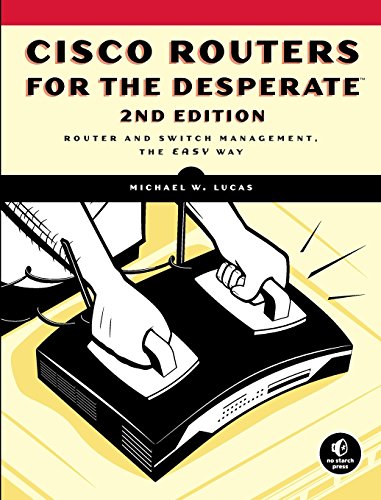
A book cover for Cisco Routers for the Desperate: Router and Switch Management, the Easy Way; Michael W. Lucas; Computers & Technology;